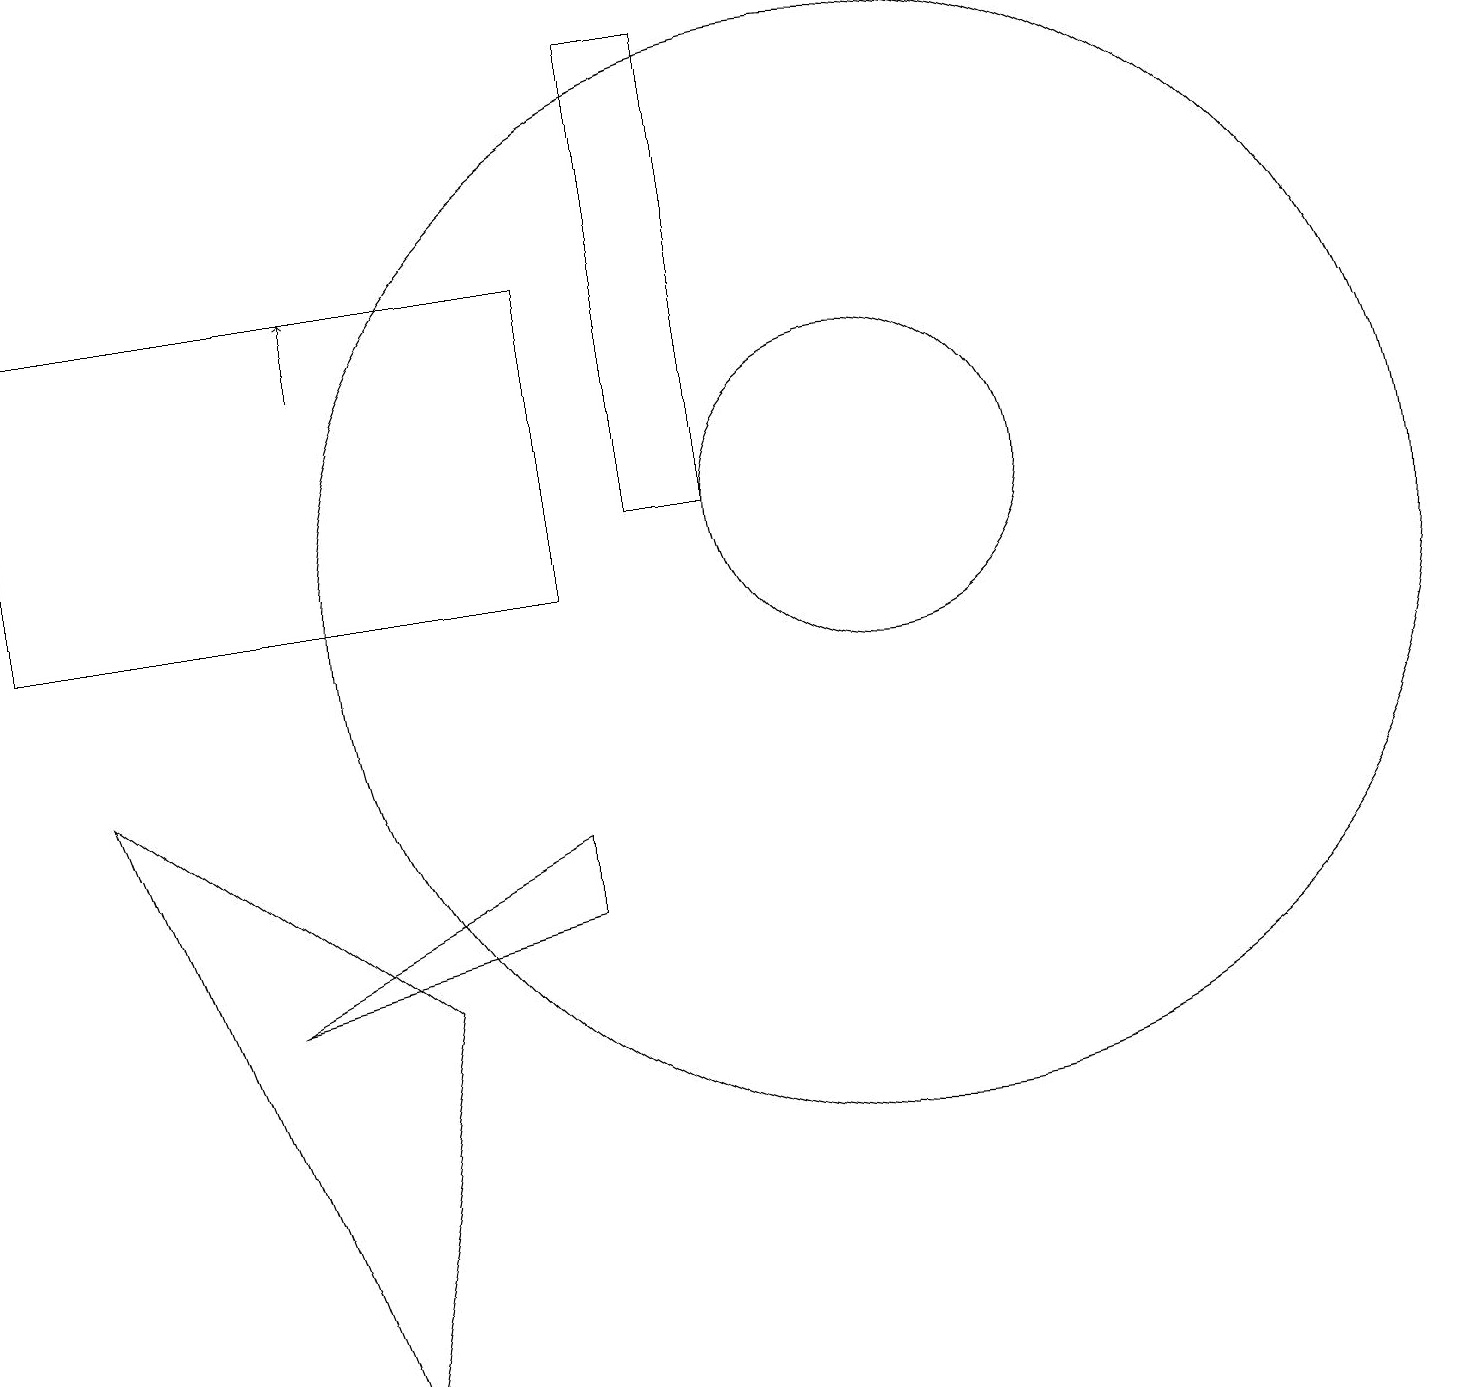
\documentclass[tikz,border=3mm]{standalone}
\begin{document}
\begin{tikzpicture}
\draw (8,11) rectangle (9,17);
\draw (7,7) -- (7,6) -- (3,5) -- cycle;
\draw (4,0) -- (5,5) -- (1,8) -- cycle;
\draw[->] (4,13) -- (4,14);
\draw (11,11) circle (2);
\draw (11,10) circle (7);
\draw (0,14) rectangle (7,10);
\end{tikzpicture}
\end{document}